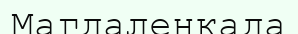
Магдаленкада